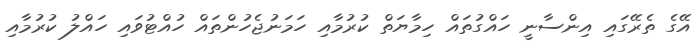
އޭގެ ތެރޭގައި އިންސާނީ ހައްގުތައް ހިމާޔަތް ކުރުމާއި ހަމަނުޖެހުންތައް ހުއްޓުވައި ހައްލު ކުރުމާއި